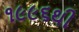
૧૯૯૬થી